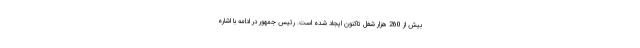
بیش از 260 هزار شغل تاکنون ایجاد شده است. رئیس جمهور در ادامه با اشاره